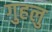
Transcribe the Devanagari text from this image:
गुहलु